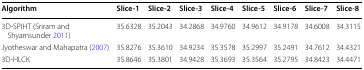
<table><thead><tr><td><b>Algorithm</b></td><td><b>Slice-1</b></td><td><b>Slice-2</b></td><td><b>Slice-3</b></td><td><b>Slice-4</b></td><td><b>Slice-5</b></td><td><b>Slice-6</b></td><td><b>Slice-7</b></td><td><b>Slice-8</b></td></tr></thead><tbody><tr><td>3D-SPIHT (Sriram and Shyamsunder 2011)</td><td>35.6328</td><td>35.2043</td><td>34.2868</td><td>34.9760</td><td>34.9612</td><td>34.9178</td><td>34.6008</td><td>34.3115</td></tr><tr><td>Jyotheswar and Mahapatra (2007)</td><td>35.8276</td><td>35.3610</td><td>34.9234</td><td>35.3578</td><td>35.2997</td><td>35.2491</td><td>34.7612</td><td>34.4321</td></tr><tr><td>3D-HLCK</td><td>35.8646</td><td>35.3801</td><td>34.9428</td><td>35.3693</td><td>35.3564</td><td>35.2795</td><td>34.8423</td><td>34.4471</td></tr></tbody></table>